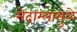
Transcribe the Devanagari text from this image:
मेदाम्लामुळे